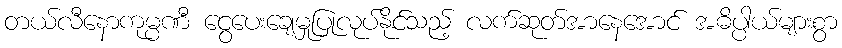
တယ်လီနောကုမ္ပဏီ ငွေပေးချေမှုပြုလုပ်နိုင်သည့် လက်ဆုတ်အာနေအောင် အဓိပ္ပါယ်များစွာ